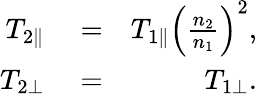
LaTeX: \begin{array}{rlr}{T_{2\parallel}}&{{}=}&{T_{1\parallel}\left(\frac{n_{2}}{n_{1}}\right)^{2},}\\ {T_{2\perp}}&{{}=}&{T_{1\perp}.}\end{array}